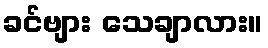
ခင်ဗျား သေချာလား။